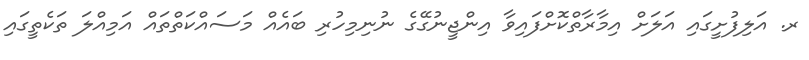
ރ. އަލިފުށީގައި އަލަށް އިމާރާތްކޮށްފައިވާ އިންޖީނުގޭގެ ނުނިމިހުރި ބައެއް މަސައްކަތްތައް އަމިއްލަ ތަކެތީގައި